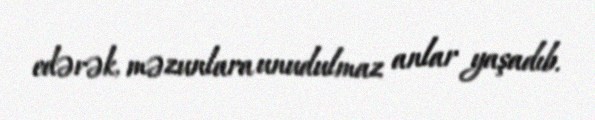
edərək, məzunlara unudulmaz anlar yaşadıb.